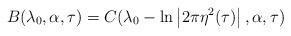
LaTeX: \begin{align*}B(\lambda_0,\alpha,\tau)=C(\lambda_0 - \ln \left| 2\pi \eta^2(\tau) \right|,\alpha,\tau)\end{align*}